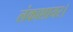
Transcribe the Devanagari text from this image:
लंकाशायर।